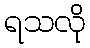
ရသလို